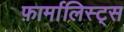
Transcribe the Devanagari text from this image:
फ़ार्मालिस्ट्स